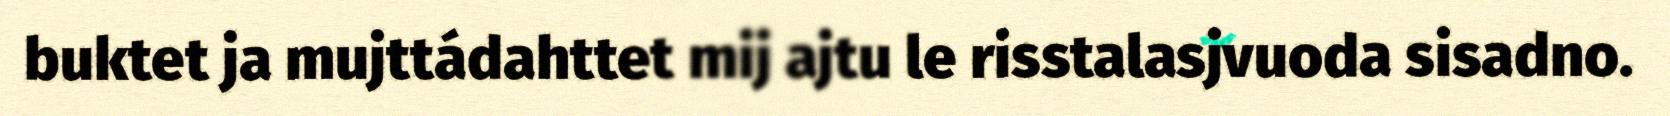
buktet ja mujttádahttet mij ajtu le risstalasjvuoda sisadno.